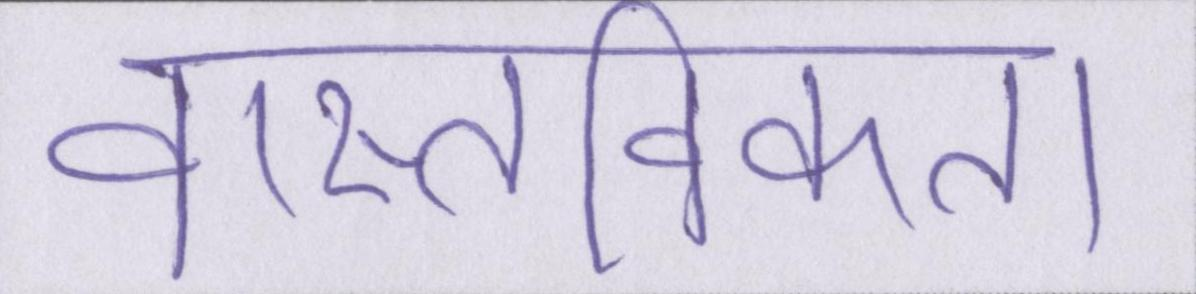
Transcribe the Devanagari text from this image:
वास्तविकता